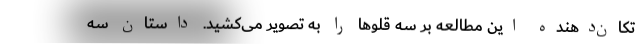
تکان‌دهنده این مطالعه بر سه قلو‌ها را به تصویر می‌کشید. داستان سه